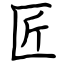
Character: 匠